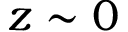
z \sim 0